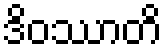
ဒိဝဿာတိ